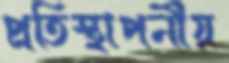
প্রতিস্থাপনীয়